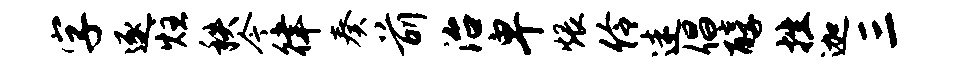
字逐炷秩今律奏前治卑煨伶迷倡醇挫迦三